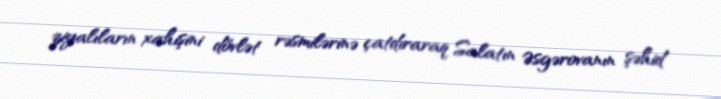
ziyalıların xahişini dövlət rəsmilərinə çatdıraraq Salatın Əsgərovanın şəhid